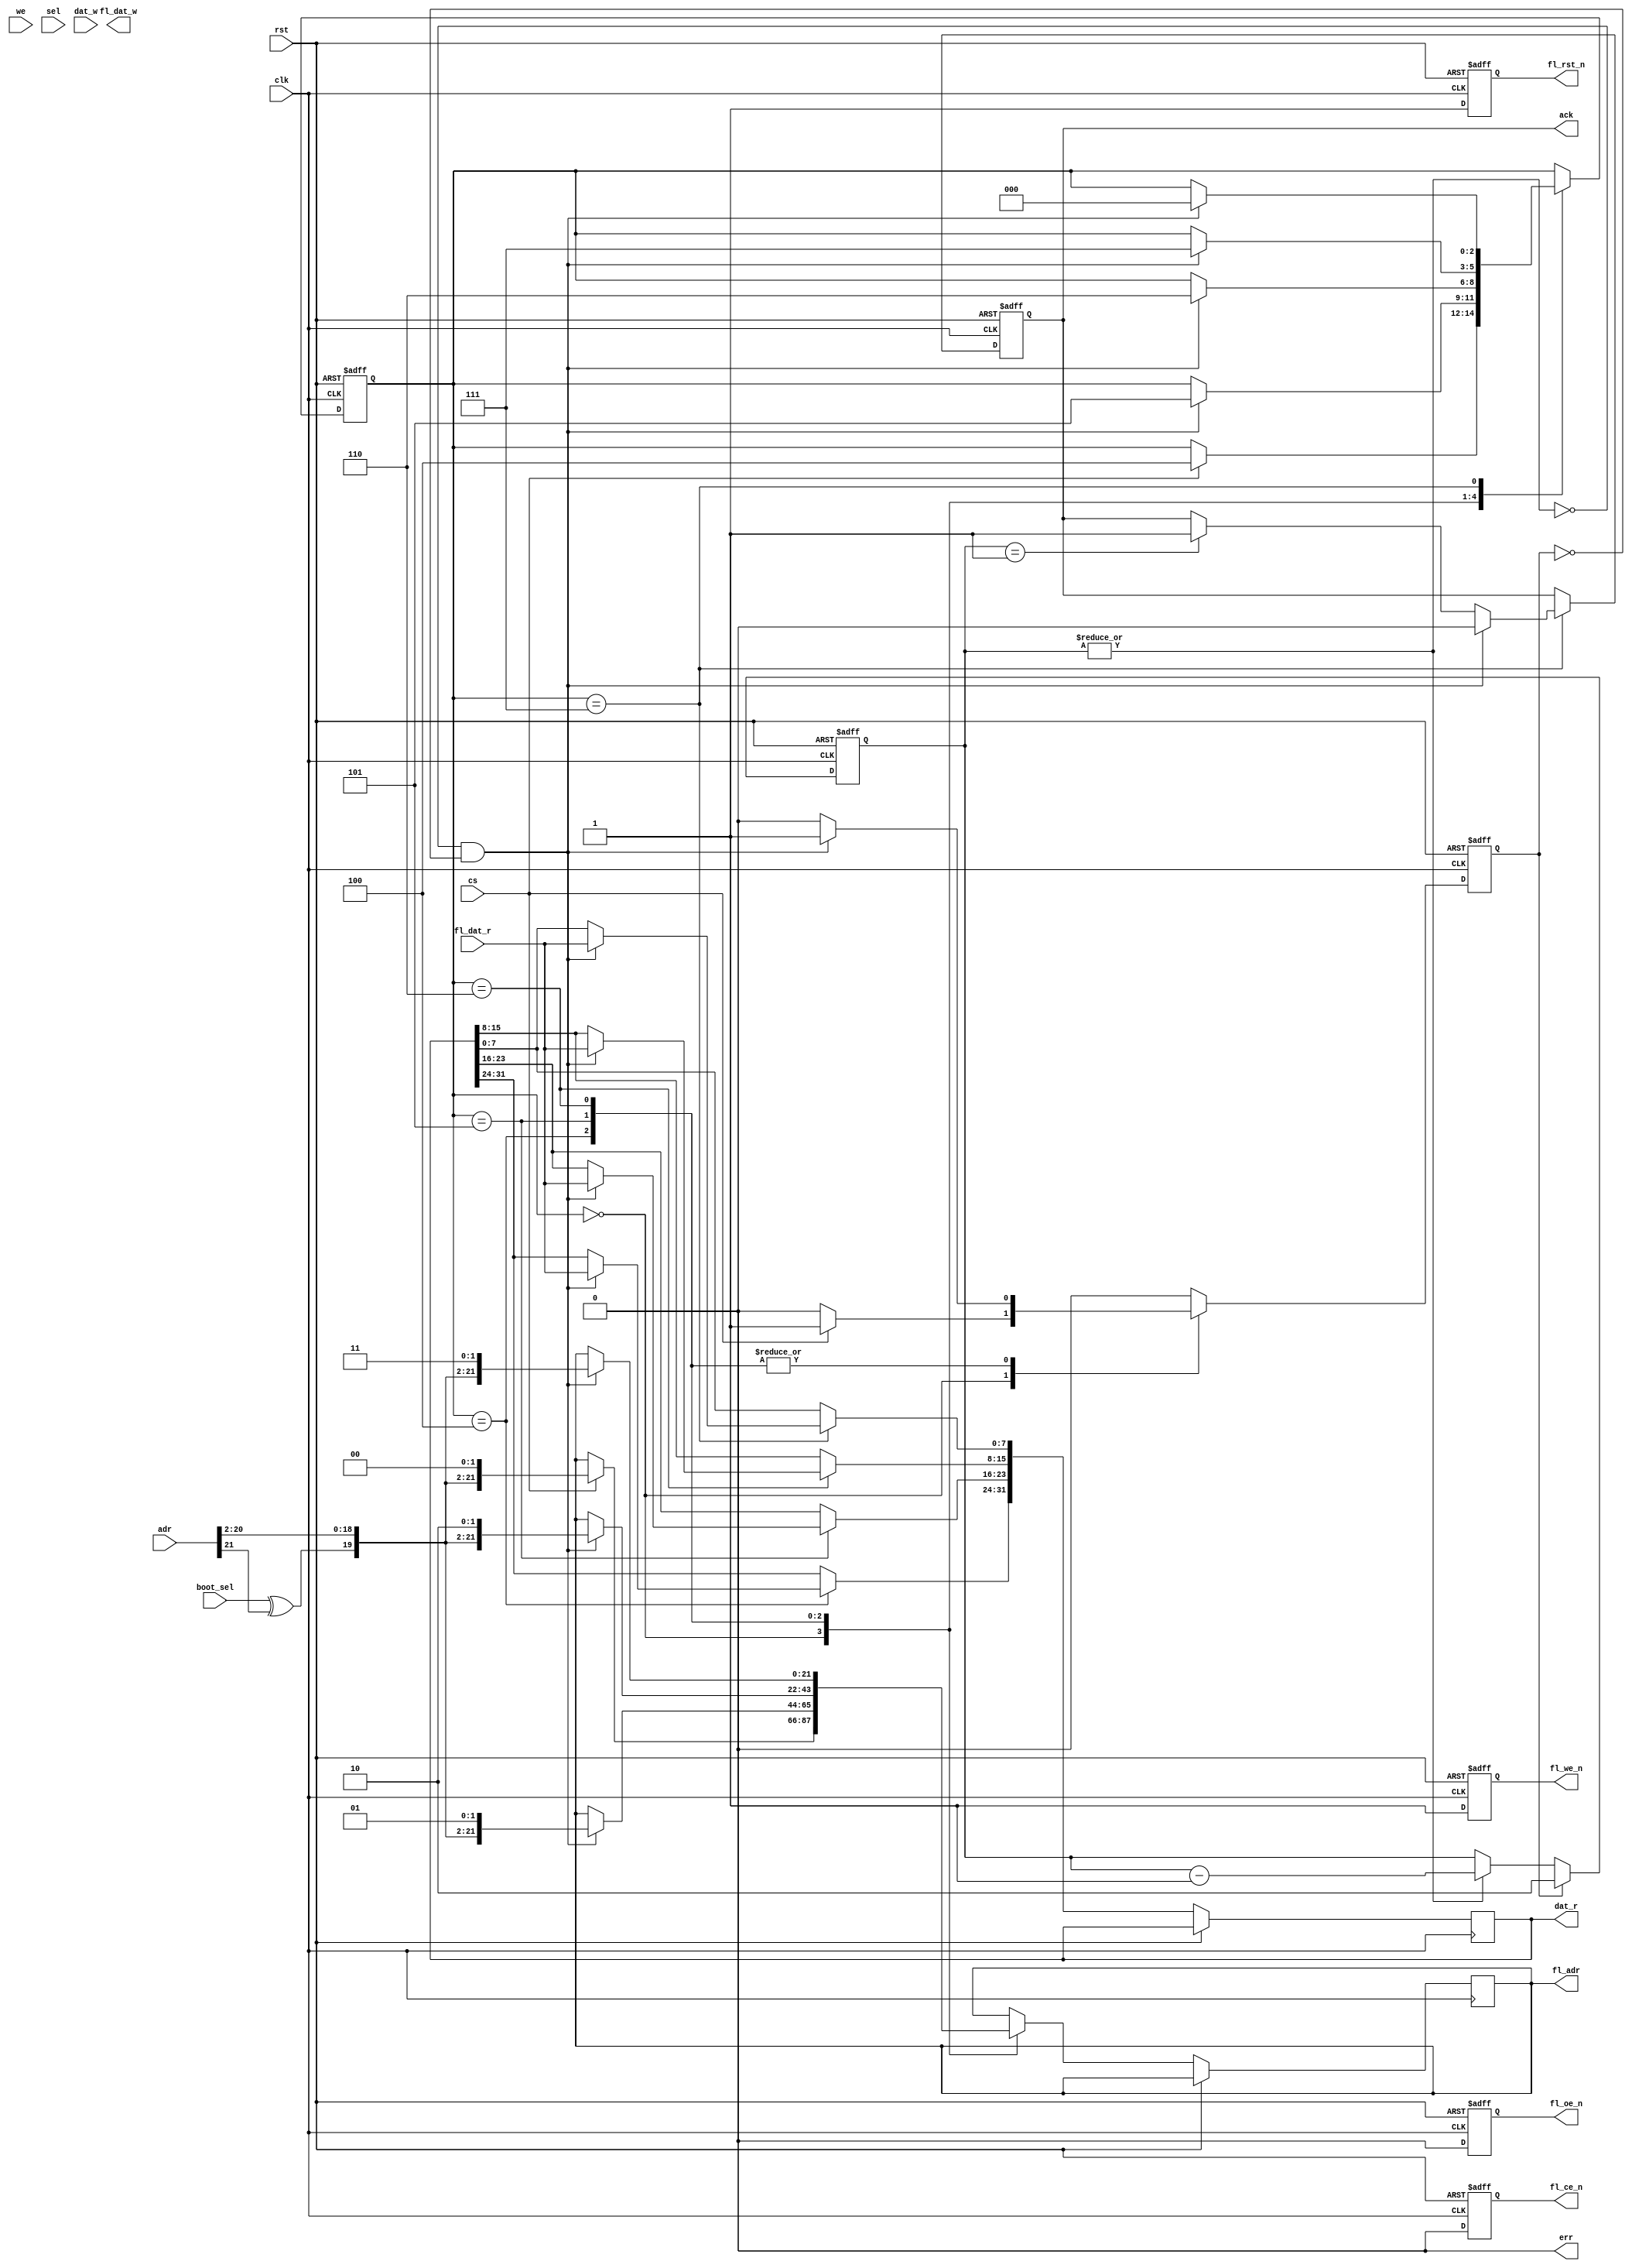
// This program was cloned from: https://github.com/rkrajnc/minimig-mist
// License: GNU General Public License v3.0

/********************************************/
/* ctrl_flash.v                             */
/* FLASH controller                         */
/*                                          */
/* 2012, rok.krajnc@gmail.com               */
/********************************************/


// TODO support writes


module ctrl_flash #(
  parameter FAW = 22,             // flash address width
  parameter FDW = 8,              // flash data width
  parameter QAW = 22,             // qmem address width
  parameter QDW = 32,             // qmem data width
  parameter QSW = QDW/8,          // qmem select width
  parameter DLY = 3,              // 80ns delay @ 50MHz clock - for S29AL032D70 (70ns access part) //// if 3 isn't enough, try 4 ////
  parameter BE  = 1               // big endianness - 1 = big endian, 2 = little endian
)(
  // system
  input  wire           clk,
  input  wire           rst,
  // config
  input  wire           boot_sel,
  // qmem interface
  input  wire [QAW-1:0] adr,
  input  wire           cs,
  input  wire           we,
  input  wire [QSW-1:0] sel,
  input  wire [QDW-1:0] dat_w,
  output reg  [QDW-1:0] dat_r,
  output reg            ack,
  output wire           err,
  // flash interface
  output reg  [FAW-1:0] fl_adr,
  output reg            fl_ce_n,
  output reg            fl_we_n,
  output reg            fl_oe_n,
  output reg            fl_rst_n,
  output wire [FDW-1:0] fl_dat_w,
  input  wire [FDW-1:0] fl_dat_r
);



////////////////////////////////////////
// keep flash in read state           //
////////////////////////////////////////

reg            nce;
reg            nwe;
reg            noe;
reg            nrst;

always @ (posedge clk, posedge rst) begin
  if (rst) begin
    fl_ce_n  <= #1 1'b1;
    fl_we_n  <= #1 1'b1;
    fl_oe_n  <= #1 1'b0;
    fl_rst_n <= #1 1'b0;
  end else begin
    fl_ce_n  <= #1 1'b0;
    fl_we_n  <= #1 1'b1; // !we;
    fl_oe_n  <= #1 1'b0; // we;
    fl_rst_n <= #1 1'b1;
  end
end



////////////////////////////////////////
// read engine                        //
////////////////////////////////////////

// TODO faster byte / half-word reads (using byte selects)

// read timer
reg            timer_start;
reg  [  2-1:0] timer;

always @ (posedge clk, posedge rst) begin
  if (rst)
    timer <= #1 2'h0;
  else if (timer_start)
    timer <= #1 DLY-1;
  else if (|timer)
    timer <= #1 timer - 2'h1;
end


// state machine
localparam S_ID = 3'h0;
localparam S_R1 = 3'h4;
localparam S_R2 = 3'h5;
localparam S_R3 = 3'h6;
localparam S_R4 = 3'h7;

reg  [   3-1:0] state;

// this is QMEM compatible - ack is one cycle before data gets read, for WISHBONE compatibility, move ack one clock later
always @ (posedge clk, posedge rst) begin
  if (rst) begin
    state <= #1 S_ID;
    timer_start <= #1 1'b0;
    ack <= #1 1'b0;
  end else begin
    if (timer_start) timer_start <= #1 1'b0;
    case (state)
      S_ID : begin
        if (cs) begin
          fl_adr <= #1 {boot_sel^adr[21], adr[20:2], 2'b00};
          timer_start <= #1 1'b1;
          state <= #1 S_R1;
        end
      end
      S_R1 : begin
        if ((~|timer) && !timer_start) begin
          fl_adr <= #1 {boot_sel^adr[21], adr[20:2], 2'b01};
          timer_start <= #1 1'b1;
          state <= #1 S_R2;
          if (BE == 1)
            dat_r[31:24] <= #1 fl_dat_r;
          else
            dat_r[ 7: 0] <= #1 fl_dat_r;
        end
      end
      S_R2 : begin
        if ((~|timer) && !timer_start) begin
          fl_adr <= #1 {boot_sel^adr[21], adr[20:2], 2'b10};
          timer_start <= #1 1'b1;
          state <= #1 S_R3;
          if (BE == 1)
            dat_r[23:16] <= #1 fl_dat_r;
          else
            dat_r[15: 8] <= #1 fl_dat_r;
        end
      end
      S_R3 : begin
        if ((~|timer) && !timer_start) begin
          fl_adr <= #1 {boot_sel^adr[21], adr[20:2], 2'b11};
          timer_start <= #1 1'b1;
          state <= #1 S_R4;
          if (BE == 1)
            dat_r[15: 8] <= #1 fl_dat_r;
          else
            dat_r[23:16] <= #1 fl_dat_r;
        end
      end
      S_R4 : begin
        if (timer == 2'h1) begin
          ack <= #1 1'b1;
        end
        if ((~|timer) && !timer_start) begin
          state <= #1 S_ID;
          ack <= #1 1'b0;
          if (BE == 1)
            dat_r[ 7: 0] <= #1 fl_dat_r;
          else
            dat_r[31:24] <= #1 fl_dat_r;
        end
      end
    endcase
  end
end



////////////////////////////////////////
// unused outputs                     //
////////////////////////////////////////

assign err      = 1'b0;
assign fl_dat_w = 8'hxx;



endmodule